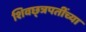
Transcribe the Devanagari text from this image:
शिवछ्त्रपतींच्या